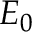
E _ { 0 }